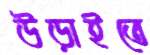
উড়াইতে